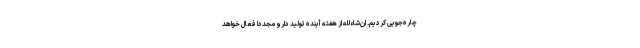
چاره‌جویی کردیم. ان‌شاءلله از هفته آینده تولید دارو مجددا فعال خواهد